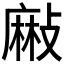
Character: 𪎘